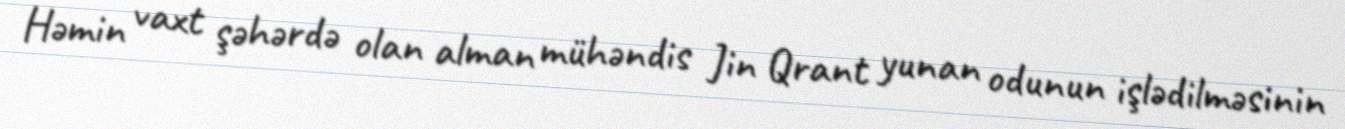
Həmin vaxt şəhərdə olan alman mühəndis Jin Qrant yunan odunun işlədilməsinin